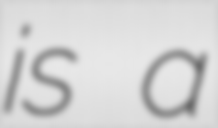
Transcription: is a